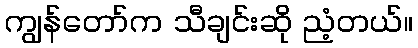
ကျွန်တော်က သီချင်းဆို ညံ့တယ်။